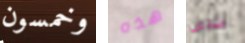
وخمسون هذه شخص